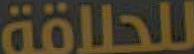
للحلاقة